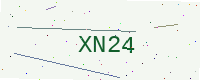
Text: XN24